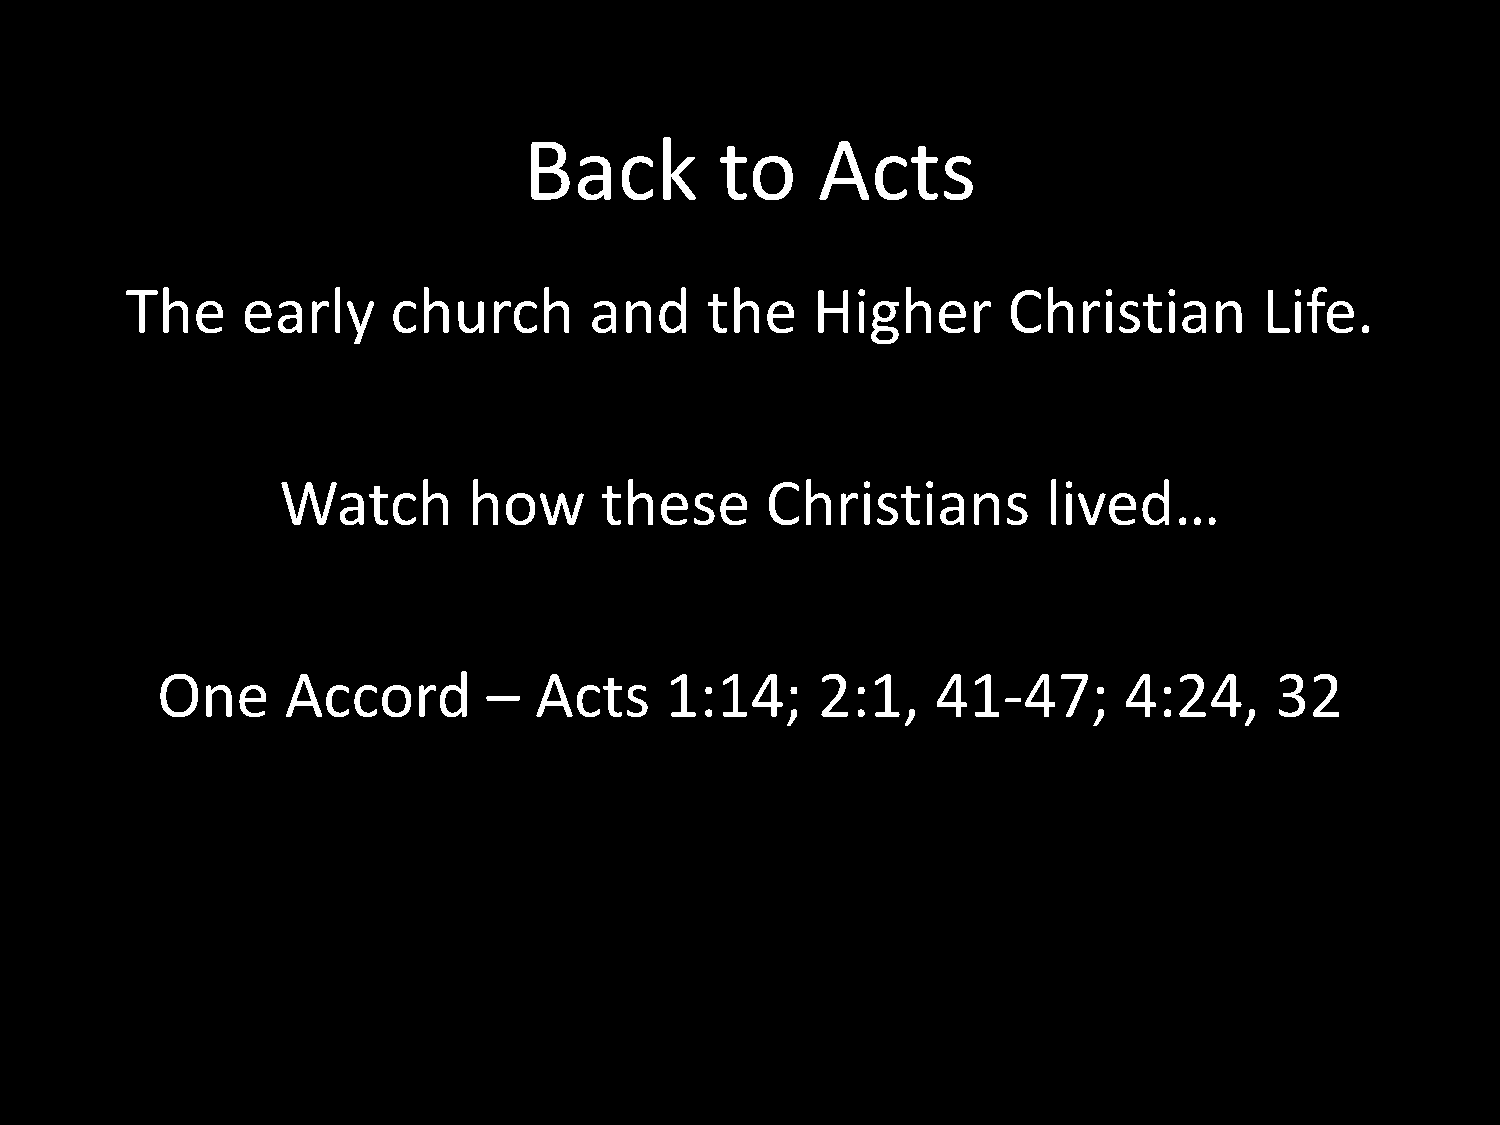
Back         to    Acts
 The     early     church       and     the    Higher       Christian        Life.
 Watch        how      these      Christians        lived…
 One      Accord       –  Acts     1:14;     2:1,    41-47;      4:24,     32